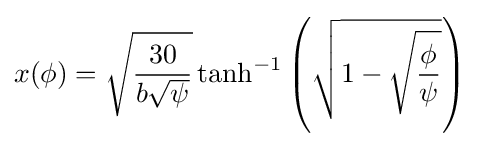
x(\phi )={\sqrt {\frac {30}{b{\sqrt {\psi }}}}}\tanh ^{-1}\left({\sqrt {1-{\sqrt {\frac {\phi }{\psi }}}}}\right)